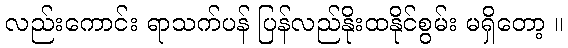
လည်းကောင်း ရာသက်ပန် ပြန်လည်နိုးထနိုင်စွမ်း မရှိတော့ ။